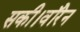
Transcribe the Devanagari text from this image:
सकी।वॉरेन